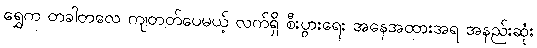
ရွှေက တခါတလေ ကျတတ်ပေမယ့် လက်ရှိ စီးပွားရေး အနေအထားအရ အနည်းဆုံး